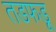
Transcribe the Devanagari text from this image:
तडफडू